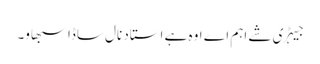
جیہڑی شے اہم اے اوہ ہے استاد نال ساڈا سبھاو۔